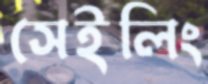
সেইলিং